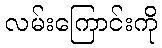
လမ်းကြောင်းကို